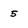
Character: 5